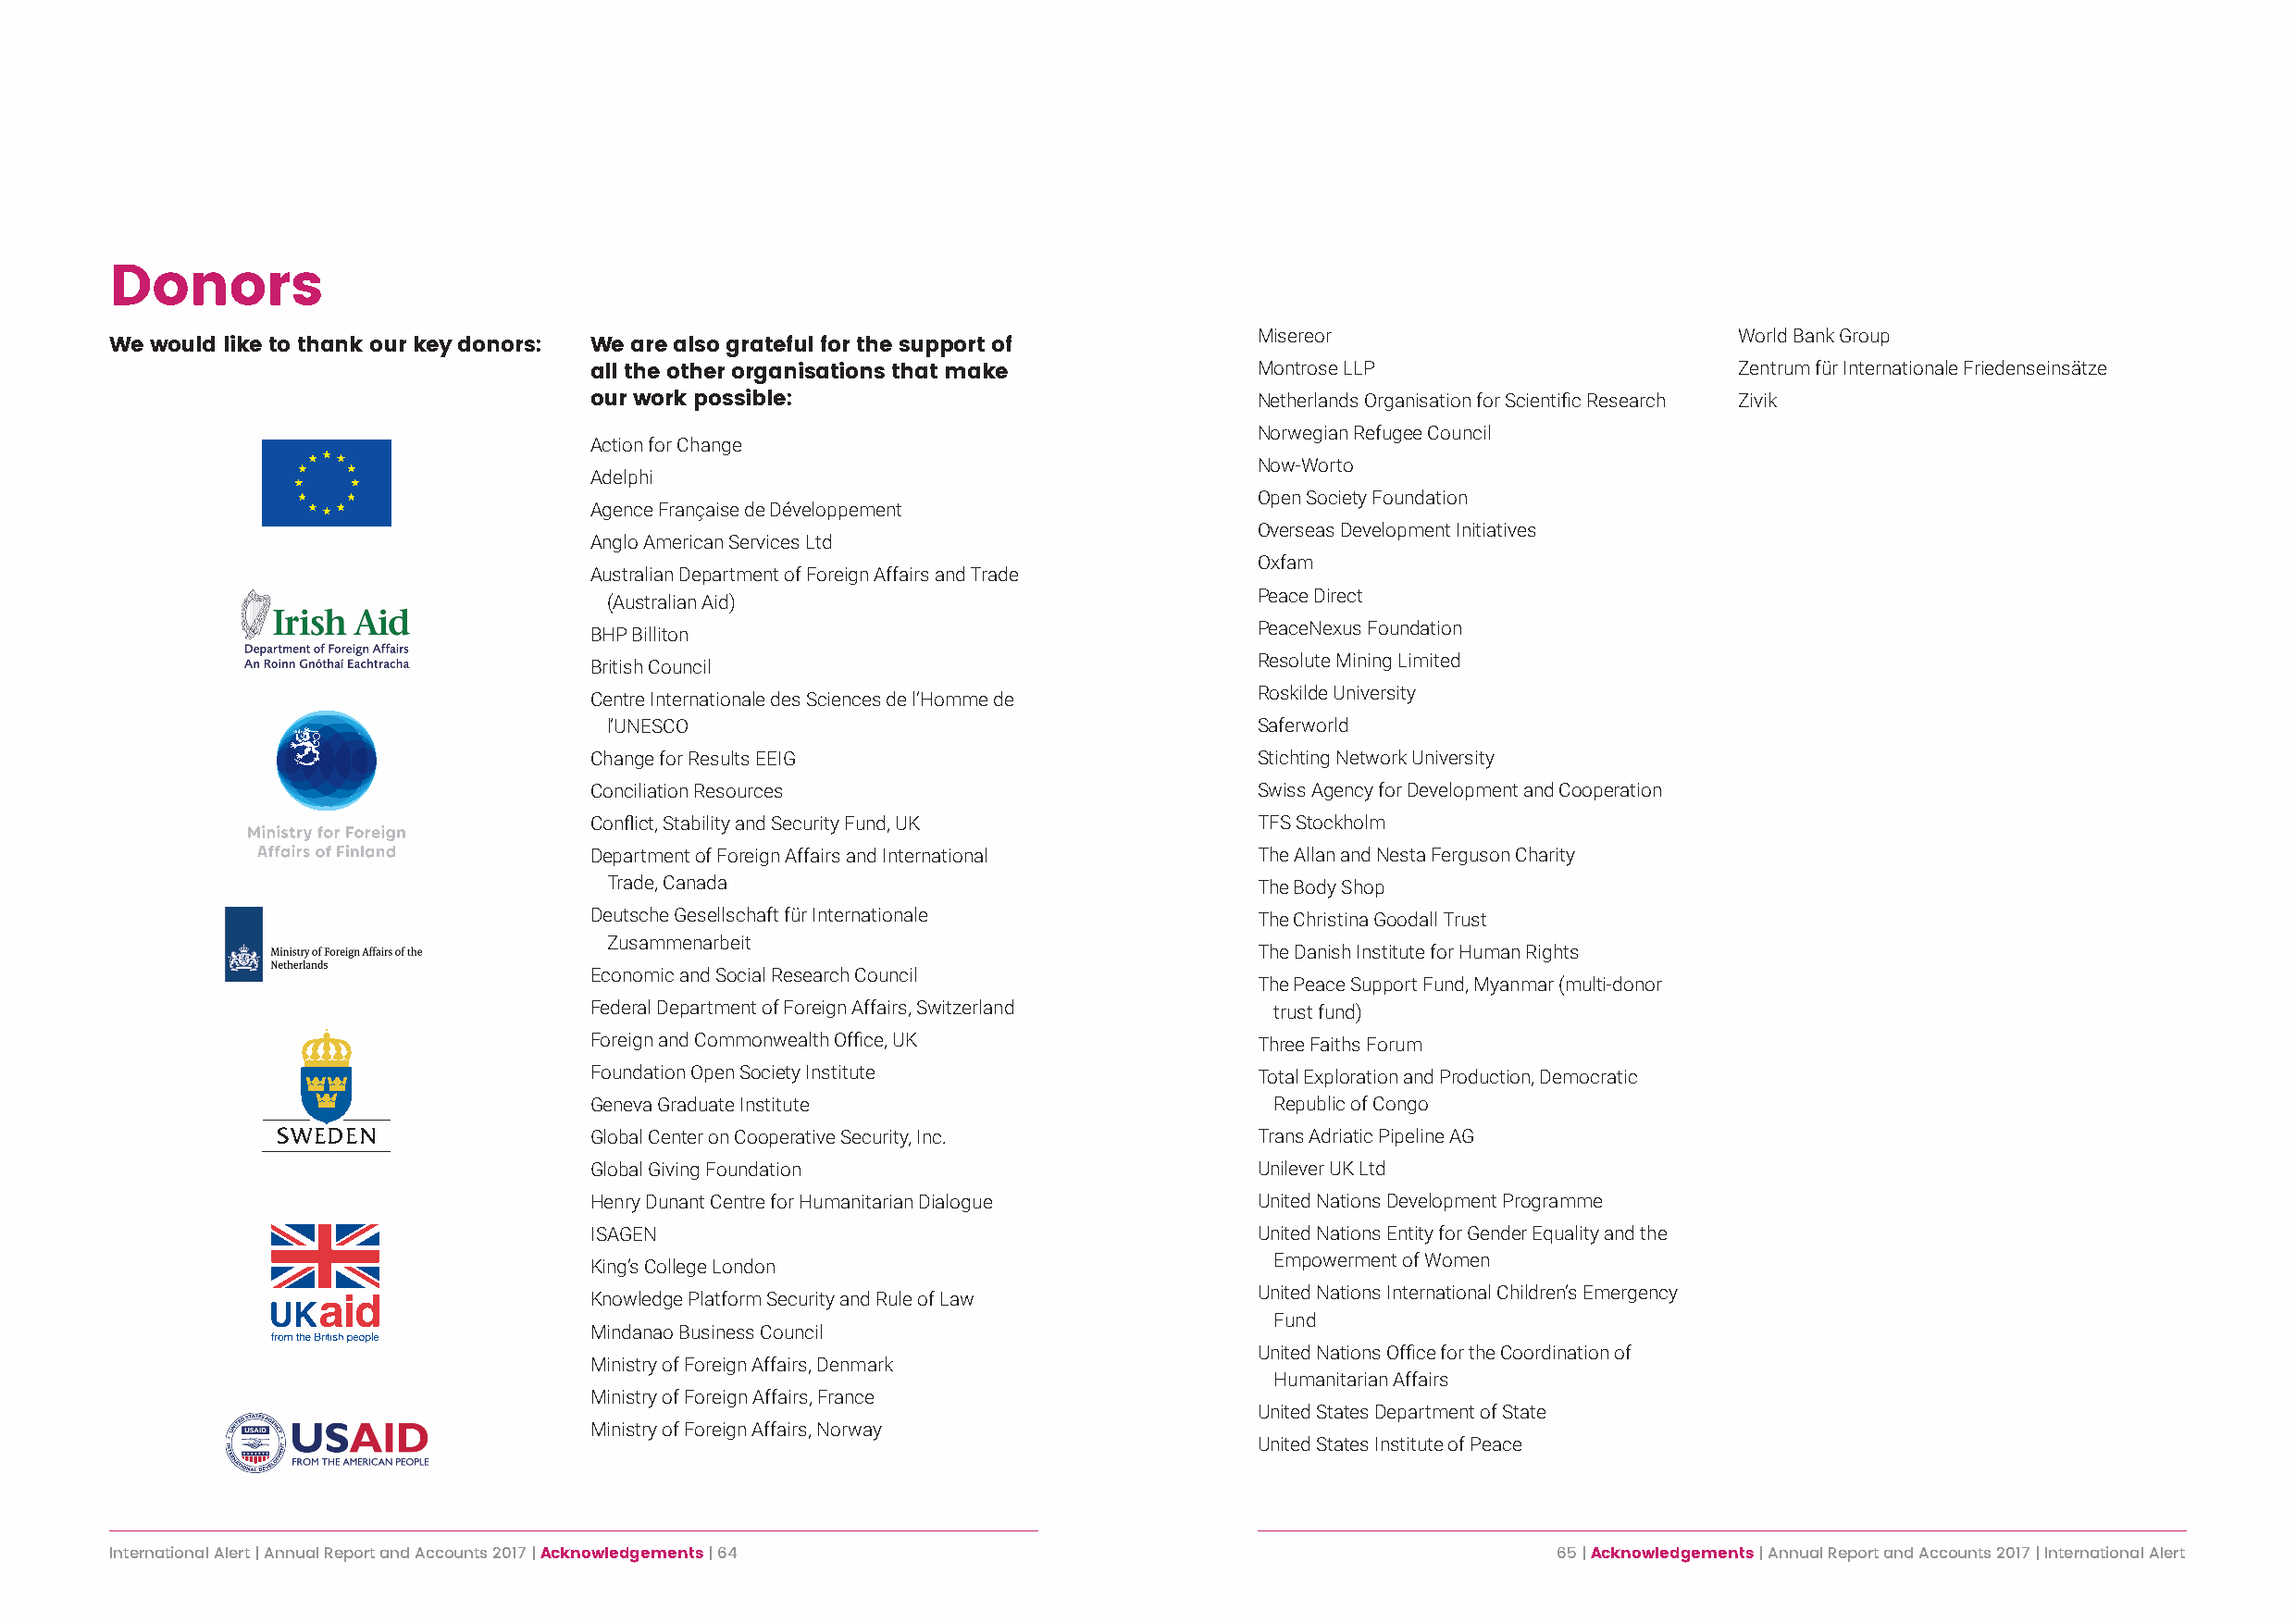
Donors
 Misereor                          World Bank Group
 We would like to thank our key donors: We are also grateful for the support of
 Montrose LLP                      Zentrum für Internationale Friedenseinsätze
 all the other organisations that make
 our work possible:                              Netherlands Organisation for Scientific Research Zivik
 Norwegian Refugee Council
 Action for Change
 Now-Worto
 Adelphi
 Open Society Foundation
 Agence Française de Développement
 Overseas Development Initiatives
 Anglo American Services Ltd
 Oxfam
 Australian Department of Foreign Affairs and Trade
 Peace Direct
 (Australian Aid)
 PeaceNexus Foundation
 BHP Billiton
 Resolute Mining Limited
 British Council
 Roskilde University
 Centre Internationale des Sciences de l’Homme de
 l’UNESCO                                       Saferworld
 Change for Results EEIG                         Stichting Network University
 Conciliation Resources                          Swiss Agency for Development and Cooperation
 Conflict, Stability and Security Fund, UK       TFS Stockholm
 Department of Foreign Affairs and International The Allan and Nesta Ferguson Charity
 Trade, Canada                                  The Body Shop
 Deutsche Gesellschaft für Internationale        The Christina Goodall Trust
 Zusammenarbeit
 The Danish Institute for Human Rights
 Economic and Social Research Council
 The Peace Support Fund, Myanmar (multi-donor
 Federal Department of Foreign Affairs, Switzerland trust fund)
 Foreign and Commonwealth Office, UK             Three Faiths Forum
 Foundation Open Society Institute               Total Exploration and Production, Democratic
 Geneva Graduate Institute                        Republic of Congo
 Global Center on Cooperative Security, Inc.     Trans Adriatic Pipeline AG
 Global Giving Foundation                        Unilever UK Ltd
 Henry Dunant Centre for Humanitarian Dialogue   United Nations Development Programme
 ISAGEN                                          United Nations Entity for Gender Equality and the
 Empowerment of Women
 King’s College London
 United Nations International Children’s Emergency
 Knowledge Platform Security and Rule of Law
 Fund
 Mindanao Business Council
 United Nations Office for the Coordination of
 Ministry of Foreign Affairs, Denmark
 Humanitarian Affairs
 Ministry of Foreign Affairs, France
 United States Department of State
 Ministry of Foreign Affairs, Norway
 United States Institute of Peace
 International Alert | Annual Report and Accounts 2017 | Acknowledgements | 64                          65 | Acknowledgements | Annual Report and Accounts 2017 | International Alert